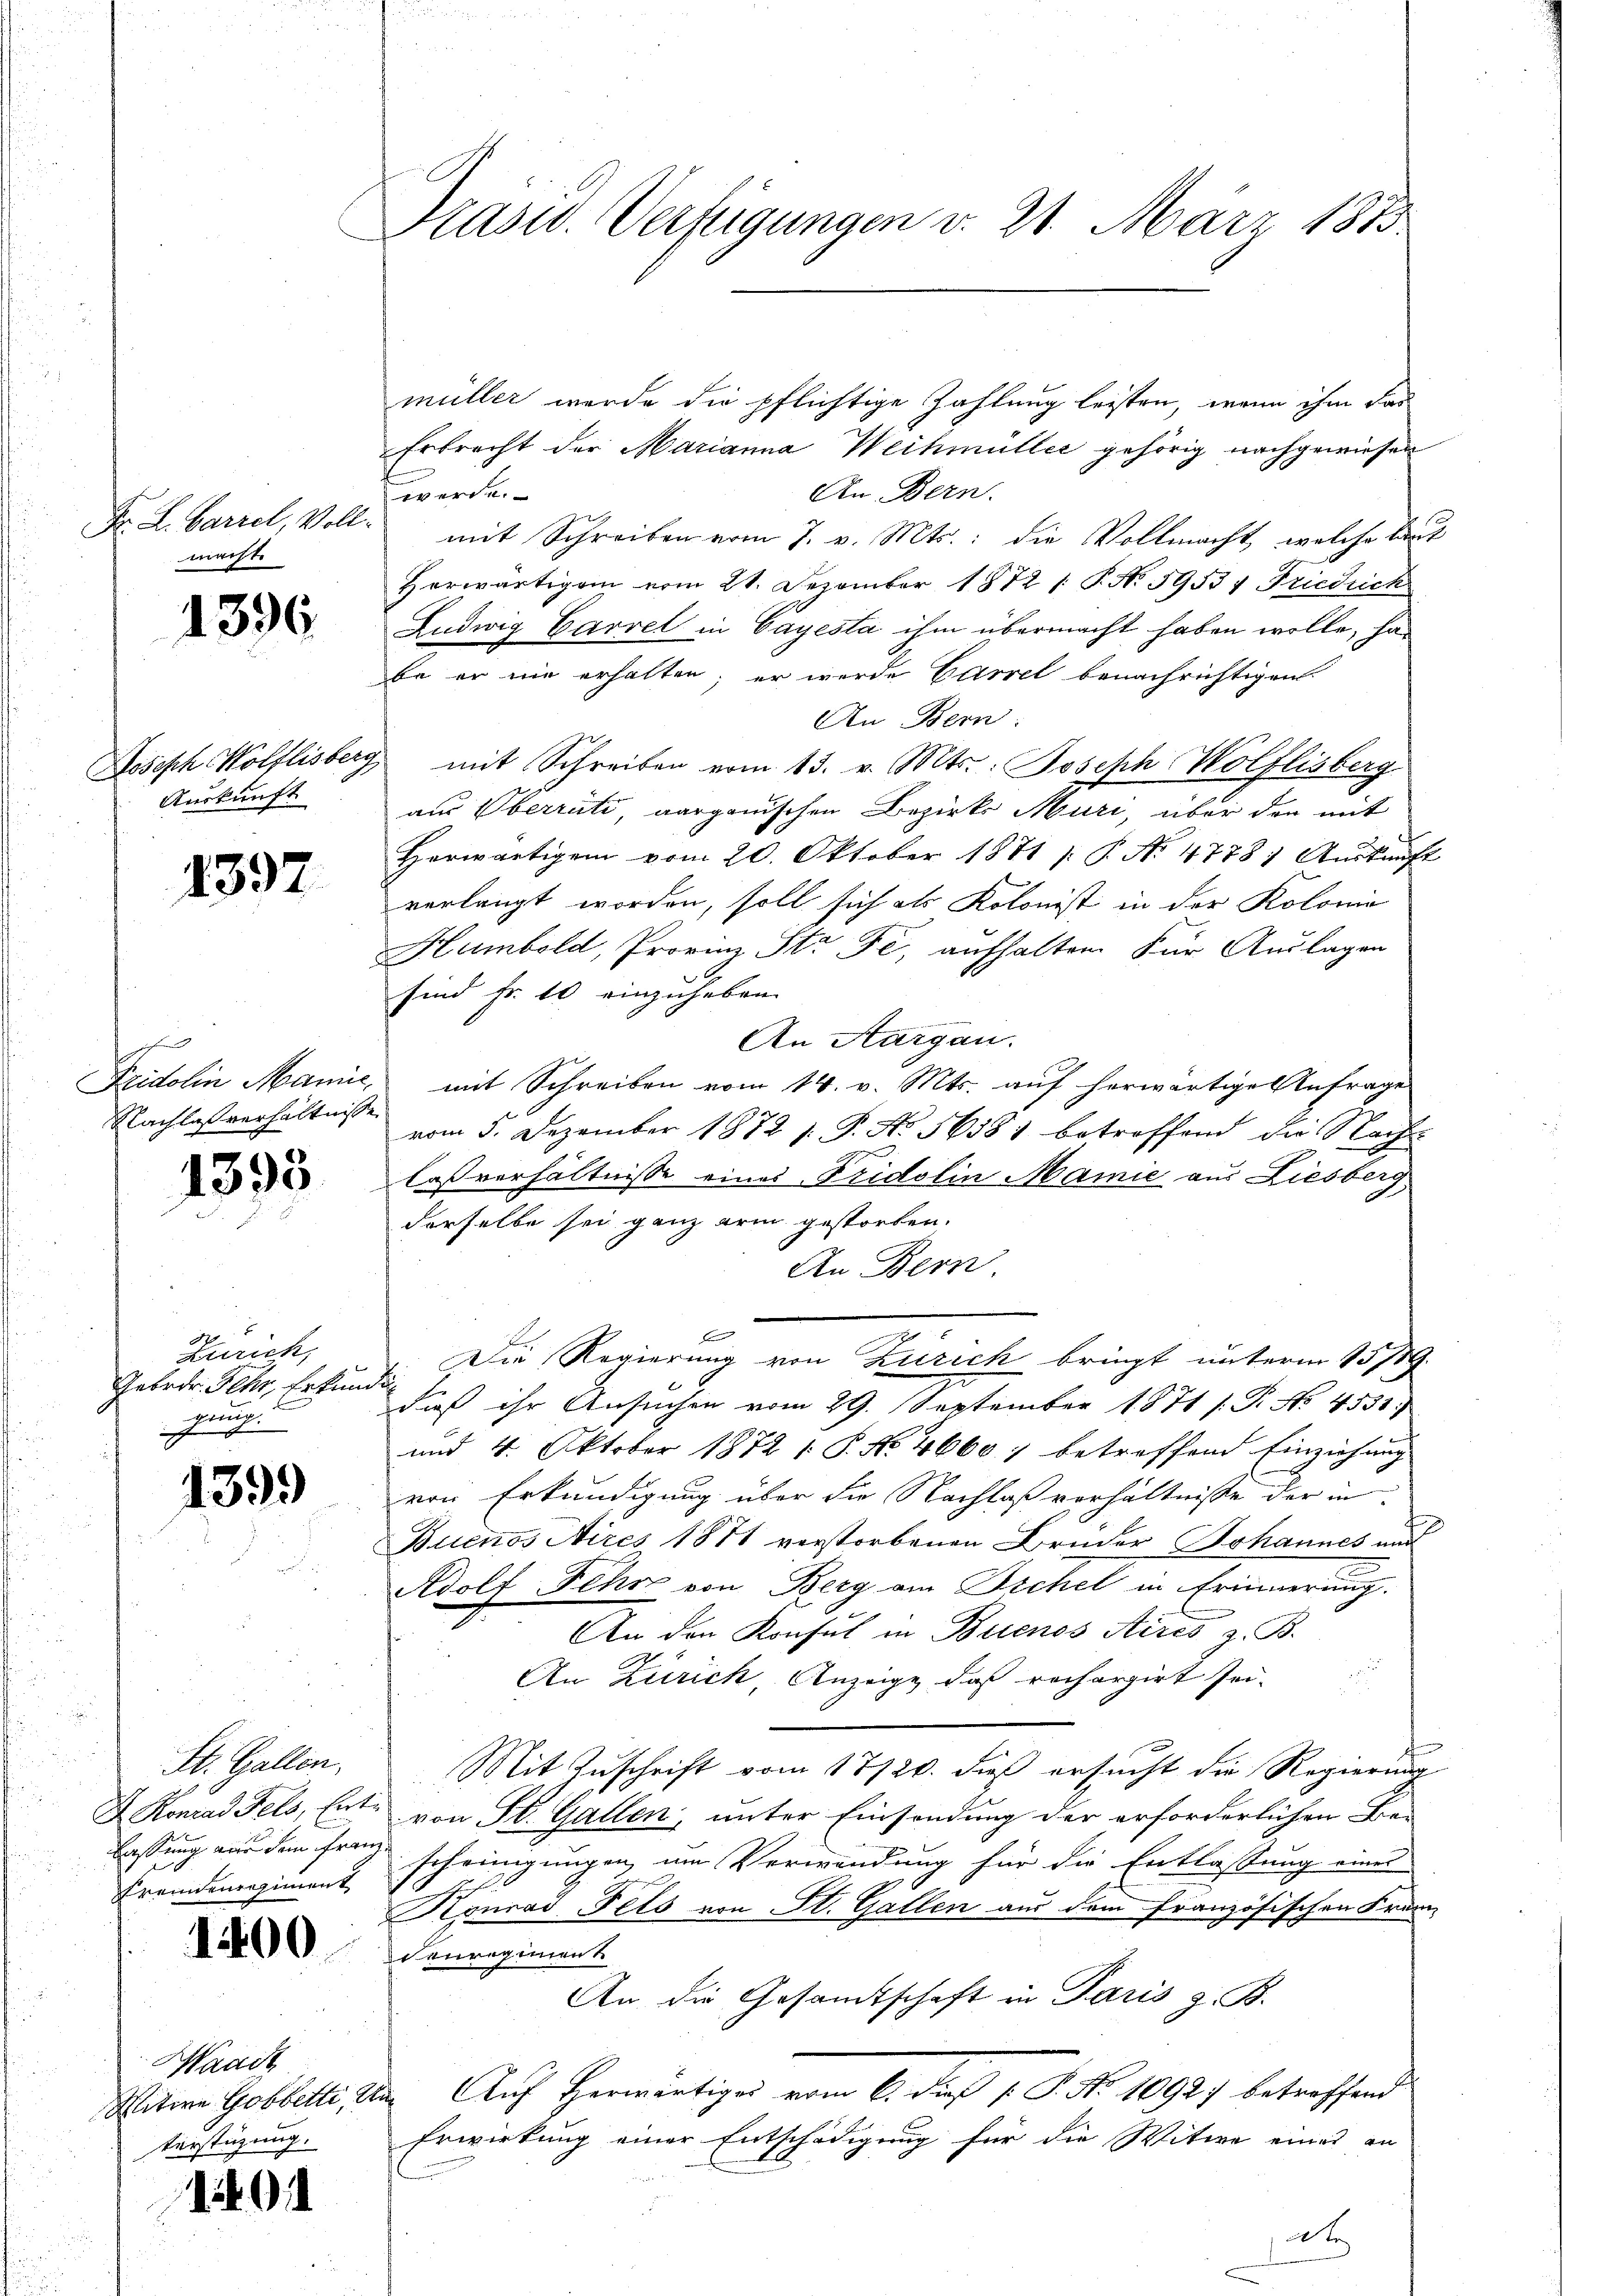
Fr. L. Carzel, Vollmachte

1396

Auskunft

1397

h
Nachlaßverhältnisse

1393

Zürich,
Gebrde. Fehr, Erkundung
gung
h
e

1399

St. Gallen.
Fremdenregiment

1400

Waadt
Fürstigung.

9.

Prasw. Verfügungen v. 21. März 1815.

müller werde die pflichtige Zahlung leisten, wenn ihm das
Erbrecht der Marianna Weihmüller gehörig nachgewiesen
An Bern.
werden.
mit Schreiben vom 7. v. Mts.: die Vollmacht, welche kart
Herwärtigem vom 21. Dezember 1872 /: P. No. 5953 4 Friedrich
Ludwig Carret in Cayesta ihm übermacht haben wolle, ha
be er nie erhalten; er werde Parzel benachrichtigen.
An Bern.
Joseph Wölflisberg mit Schreiben vom 13. v. Mts.: Joseph Wolflisberg
aus Oberrüti, aarganischen Bezirks Muri, über die mit
Herwärtigem vom 20. Oktober 1871 /: P. Nr. 4778. Aŭskŭnft
verlangt worden, soll sich als Kolonist in der Kolonia
Humbold, Provinz Str Fé, aufhalten. Für Auslagen
sind Fr. 10 einzuheben.
An Aargau.
Fridolin Manie, mit Schreiben vom 14. v. Mts. auf herwärtige Anfrage
vom 5. Dezember 1872 s. P. No. 56381 betroffend die Nacht
lassverhältnisse eines Fridolin Mamie aus Liesberg
derselbe sei ganz arm gestorben.
An Bern.
F
Die Regierung von Zürich bringt unterm 13/19.
daß ihr Ansuchen vom 29. September 1871 s. Fr. No 4531.
und 4. Oktober 1872 /: P. No. 46601 betreffend Einziehung
von Erkundigung über die Nachlaß verhältnisse der in
Buenos Aires 1871 verstorbenen Brüder Johannes und
a
Adolf Fehr von Berg am Sichel in Erinnerung.
An den Konsul in Buenos Aires z. B.
An Zürich, Anzeige, daß rechargirt sei.
Mit Zuschrift vom 17/20. dieß ersucht die Regierung
D. Konrad Fels, Ente von St. Gallen, unter Einsendung der erforderlichen Be-
fassung nur den Frage scheinigungen, um Verwendung für die Entlassung eines
Konrad Fels von St. Gallen aus dem französischen Frandenregiment
An die Gesamtschaft in Paris z. B.
Witere Gobbetti, die Auf Herwärtiges vom 6. dieß P. P. Nr. 10927 betreffend
Erwirkung einer Entschädigung für die Witwe eines an
t